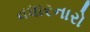
વધારનારો